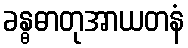
ခန္ဓဓာတုအာယတနံ